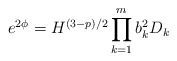
\begin{align*}e^{2\phi} = H^{(3-p)/2} \prod_{k=1}^{m} b_k^2 D_k\end{align*}